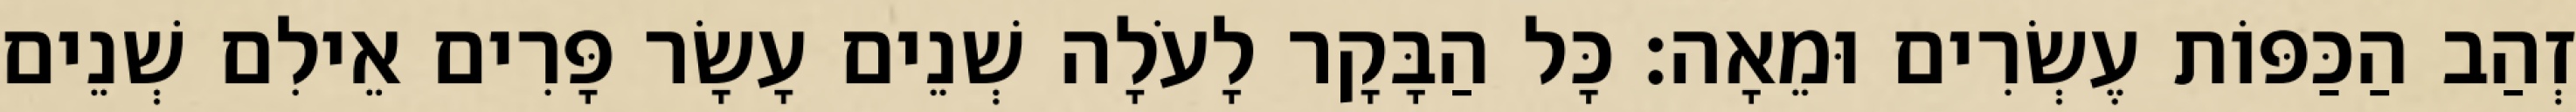
זְהַב הַכַּפּוֹת עֶשְׂרִים וּמֵאָה׃ כָּל הַבָּקָר לָעֹלָה שְׁנֵים עָשָׂר פָּרִים אֵילִם שְׁנֵים